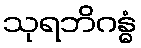
သုရဘိဂန္ဓံ